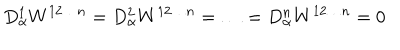
D _ { \alpha } ^ { 1 } W ^ { 1 2 \ldots n } = D _ { \alpha } ^ { 2 } W ^ { 1 2 \ldots n } = \ldots = D _ { \alpha } ^ { n } W ^ { 1 2 \ldots n } = 0